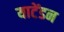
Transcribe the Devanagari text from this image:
याटेंडन